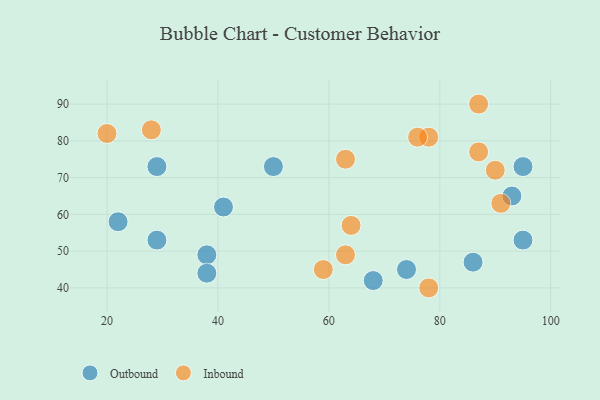
{"axis": {"x": "GDP", "y": "Life Expectancy"}, "legend": ["Inbound", "Outbound"], "data": [{"x": "29", "y": 73, "type": "Outbound"}, {"x": "93", "y": 65, "type": "Outbound"}, {"x": "68", "y": 42, "type": "Outbound"}, {"x": "29", "y": 53, "type": "Outbound"}, {"x": "38", "y": 49, "type": "Outbound"}, {"x": "38", "y": 44, "type": "Outbound"}, {"x": "86", "y": 47, "type": "Outbound"}, {"x": "95", "y": 73, "type": "Outbound"}, {"x": "95", "y": 53, "type": "Outbound"}, {"x": "50", "y": 73, "type": "Outbound"}, {"x": "41", "y": 62, "type": "Outbound"}, {"x": "74", "y": 45, "type": "Outbound"}, {"x": "22", "y": 58, "type": "Outbound"}, {"x": "87", "y": 90, "type": "Inbound"}, {"x": "59", "y": 45, "type": "Inbound"}, {"x": "78", "y": 81, "type": "Inbound"}, {"x": "63", "y": 49, "type": "Inbound"}, {"x": "64", "y": 57, "type": "Inbound"}, {"x": "78", "y": 40, "type": "Inbound"}, {"x": "28", "y": 83, "type": "Inbound"}, {"x": "91", "y": 63, "type": "Inbound"}, {"x": "76", "y": 81, "type": "Inbound"}, {"x": "63", "y": 75, "type": "Inbound"}, {"x": "90", "y": 72, "type": "Inbound"}, {"x": "87", "y": 77, "type": "Inbound"}, {"x": "20", "y": 82, "type": "Inbound"}]}